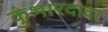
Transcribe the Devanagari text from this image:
कुंभारदादा